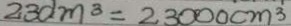
2 3 d m ^ { 3 } = 2 3 0 0 0 c m ^ { 3 }